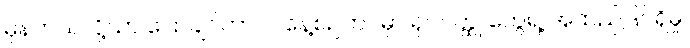
မှန်တယ်လို့သာ ပြောချင်တာပါ။ နေ့စဉ်ဘဝမှာ ရုပ်ဝတ္ထု တွေရဲ့ အထည်ဒြပ်ရှိမှု၊